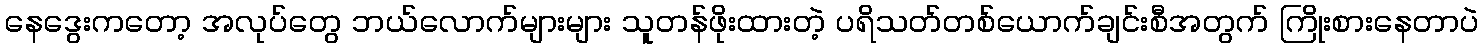
နေဒွေးကတော့ အလုပ်တွေ ဘယ်လောက်များများ သူတန်ဖိုးထားတဲ့ ပရိသတ်တစ်ယောက်ချင်းစီအတွက် ကြိုးစားနေတာပဲ